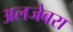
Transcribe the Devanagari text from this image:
अलजेबरा